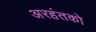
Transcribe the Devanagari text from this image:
अरहंतको